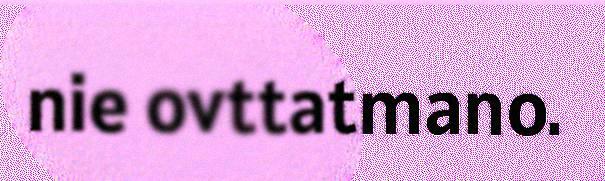
nie ovttatmano.